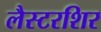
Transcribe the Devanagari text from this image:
लैस्टरशिर